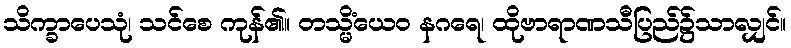
သိက္ခာပေသုံ၊ သင်စေ ကုန်၏။ တသ္မိံယေဝ နဂရေ၊ ထိုဗာရာဏသီပြည်၌သာလျှင်။